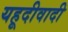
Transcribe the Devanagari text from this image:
यहूदीवादी